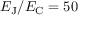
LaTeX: E _ { \mathrm { { J } } } / E _ { \mathrm { { C } } } = 5 0